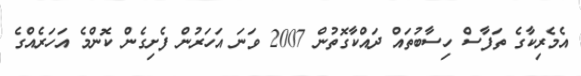
އެމެރިކާގެ ތަފާސް ހިސާބުތައް ދައްކާގޮތުން 2007 ވަނަ އަހަރުން ފެށިގެން ކޮންމެ އަހަރެއްގެ